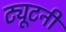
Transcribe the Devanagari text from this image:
ट्यूटनी